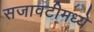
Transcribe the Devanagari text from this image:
सजावटीमध्ये